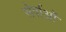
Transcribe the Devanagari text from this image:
सेर्वाओं